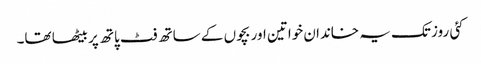
کئی روز تک یہ خاندان خواتین اور بچوں کے ساتھ فٹ پاتھ پر بیٹھا تھا۔